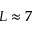
L \approx 7